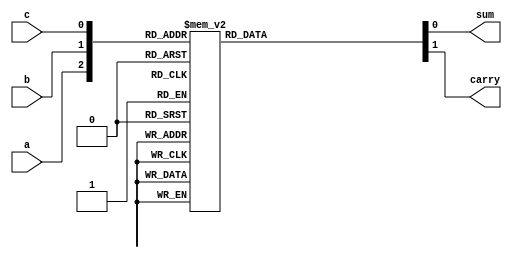
`timescale 1ns / 1ps
//////////////////////////////////////////////////////////////////////////////////
// Company: 
// Engineer: 
// 
// Design Name: 
// Module Name:    B2fulladder 
// Project Name: 
// Target Devices: 
// Tool versions: 
// Description: 
//
// Dependencies: 
//
// Revision: 
// Revision 0.01 - File Created
// Additional Comments: 
//
//////////////////////////////////////////////////////////////////////////////////
module B2fulladder(a,b,c,sum,carry
    );
input a,b,c;
output sum,carry;
reg sum,carry;
always@(a,b,c)
begin
case({a,b,c})
3'b000: begin sum=1'b0; carry=1'b0; end
3'b001: begin sum=1'b1; carry=1'b0; end
3'b010: begin sum=1'b1; carry=1'b0; end
3'b011: begin sum=1'b0; carry=1'b1; end
3'b100: begin sum=1'b1; carry=1'b0; end
3'b101: begin sum=1'b0; carry=1'b1; end
3'b110: begin sum=1'b0; carry=1'b1; end
3'b111: begin sum=1'b1; carry=1'b1; end
default:begin sum=1'bx; carry=1'bx; end
endcase
end
endmodule